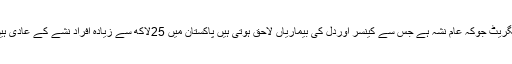
سگریٹ جوکہ عام نشہ ہے جس سے کینسر اوردل کی بیماریاں لاحق ہوتی ہیں پاکستان میں 25لاکھ سے زیادہ افراد نشے کے عادی ہیں۔